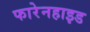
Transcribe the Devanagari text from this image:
फारेनहाइड